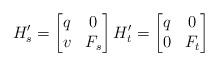
LaTeX: \begin{align*}H_s'=\begin{bmatrix}q&0\\v&F_s\end{bmatrix}H_t'=\begin{bmatrix}q&0\\0&F_t\end{bmatrix}\end{align*}